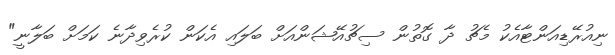
ނިއުރޭޑިއަންޓާއެކު މެޗު ދާ ގޮތުން ސިޗުއޭޝަންއަށް ބަލައި އެކަން ކުރެވިދާނެ ކަމަށް ބަލާނީ"